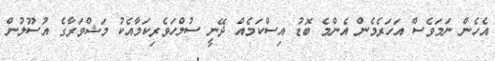
އެހެން ނަމަވެސް އަހަރެމެން އެންމެ ބޮޑު އިސްކަމެއް ދޭނީ ސުލްހަވެރިކަމާއެކު މަޝްވަރާގެ އުސޫލުން